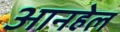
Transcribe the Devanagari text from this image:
आनहेल